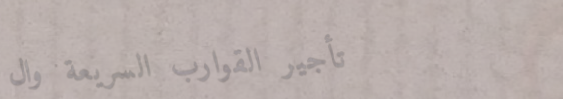
تأجير القوارب السريعة وال